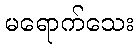
မရောက်သေး